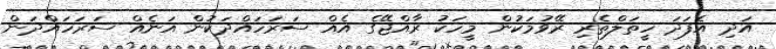
އަދި އެފަދަ ހީތަލްތެރި ރޭވުމަކުން މީހަކު ރާއްޖޭގެ އެއް ސަރަހައްދަކުން އަނެއް ސަރަހައްދަން